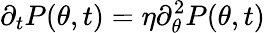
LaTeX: \partial_{t}P(\theta,t)=\eta\partial_{\theta}^{2}P(\theta,t)